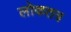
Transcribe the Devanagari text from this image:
लोकतत्र